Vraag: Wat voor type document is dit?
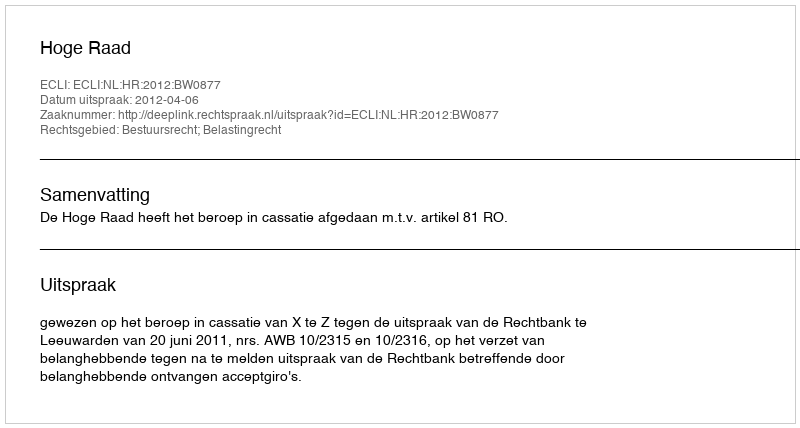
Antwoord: Uitspraak